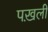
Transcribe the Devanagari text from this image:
पख़ली